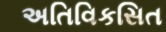
અતિવિકસિત